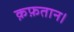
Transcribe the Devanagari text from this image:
क़फ़तान।